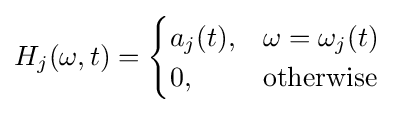
H_{j}(\omega ,t)={\begin{cases}a_{j}(t),&\omega =\omega _{j}(t)\\0,&{\text{otherwise}}\end{cases}}